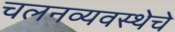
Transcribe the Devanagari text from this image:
चलनव्यवस्थेचे